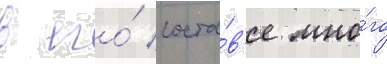
в его́ соста́в'е мно́го